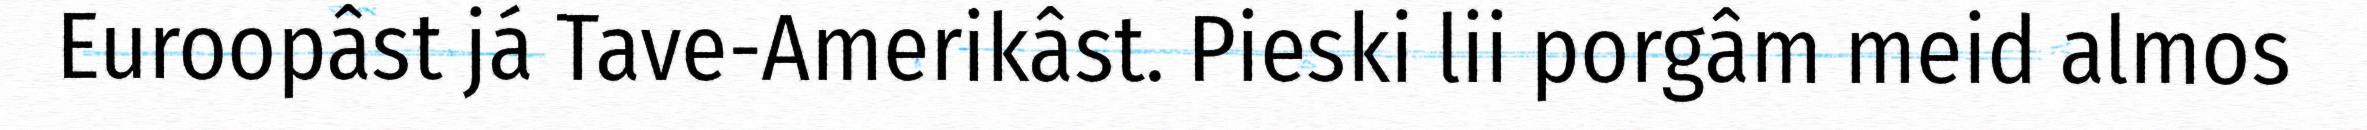
Euroopâst já Tave-Amerikâst. Pieski lii porgâm meid almos